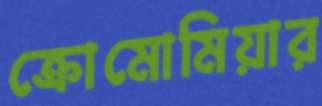
ক্রোমোমিয়ার